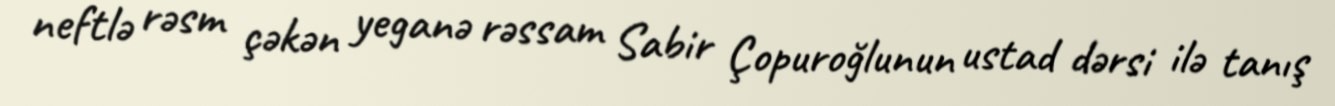
neftlə rəsm çəkən yeganə rəssam Sabir Çopuroğlunun ustad dərsi ilə tanış